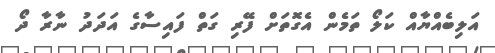
އަލިބެއްޔާއް ކަލޯ ތަމެން އެގޮތަށް ފޭރި ގަތް ފައިސާގެ އަދަދު ނާރާ ދޯ